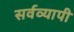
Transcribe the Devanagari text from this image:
सर्वव्‍यापी